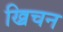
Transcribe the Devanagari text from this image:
ख्रिचन